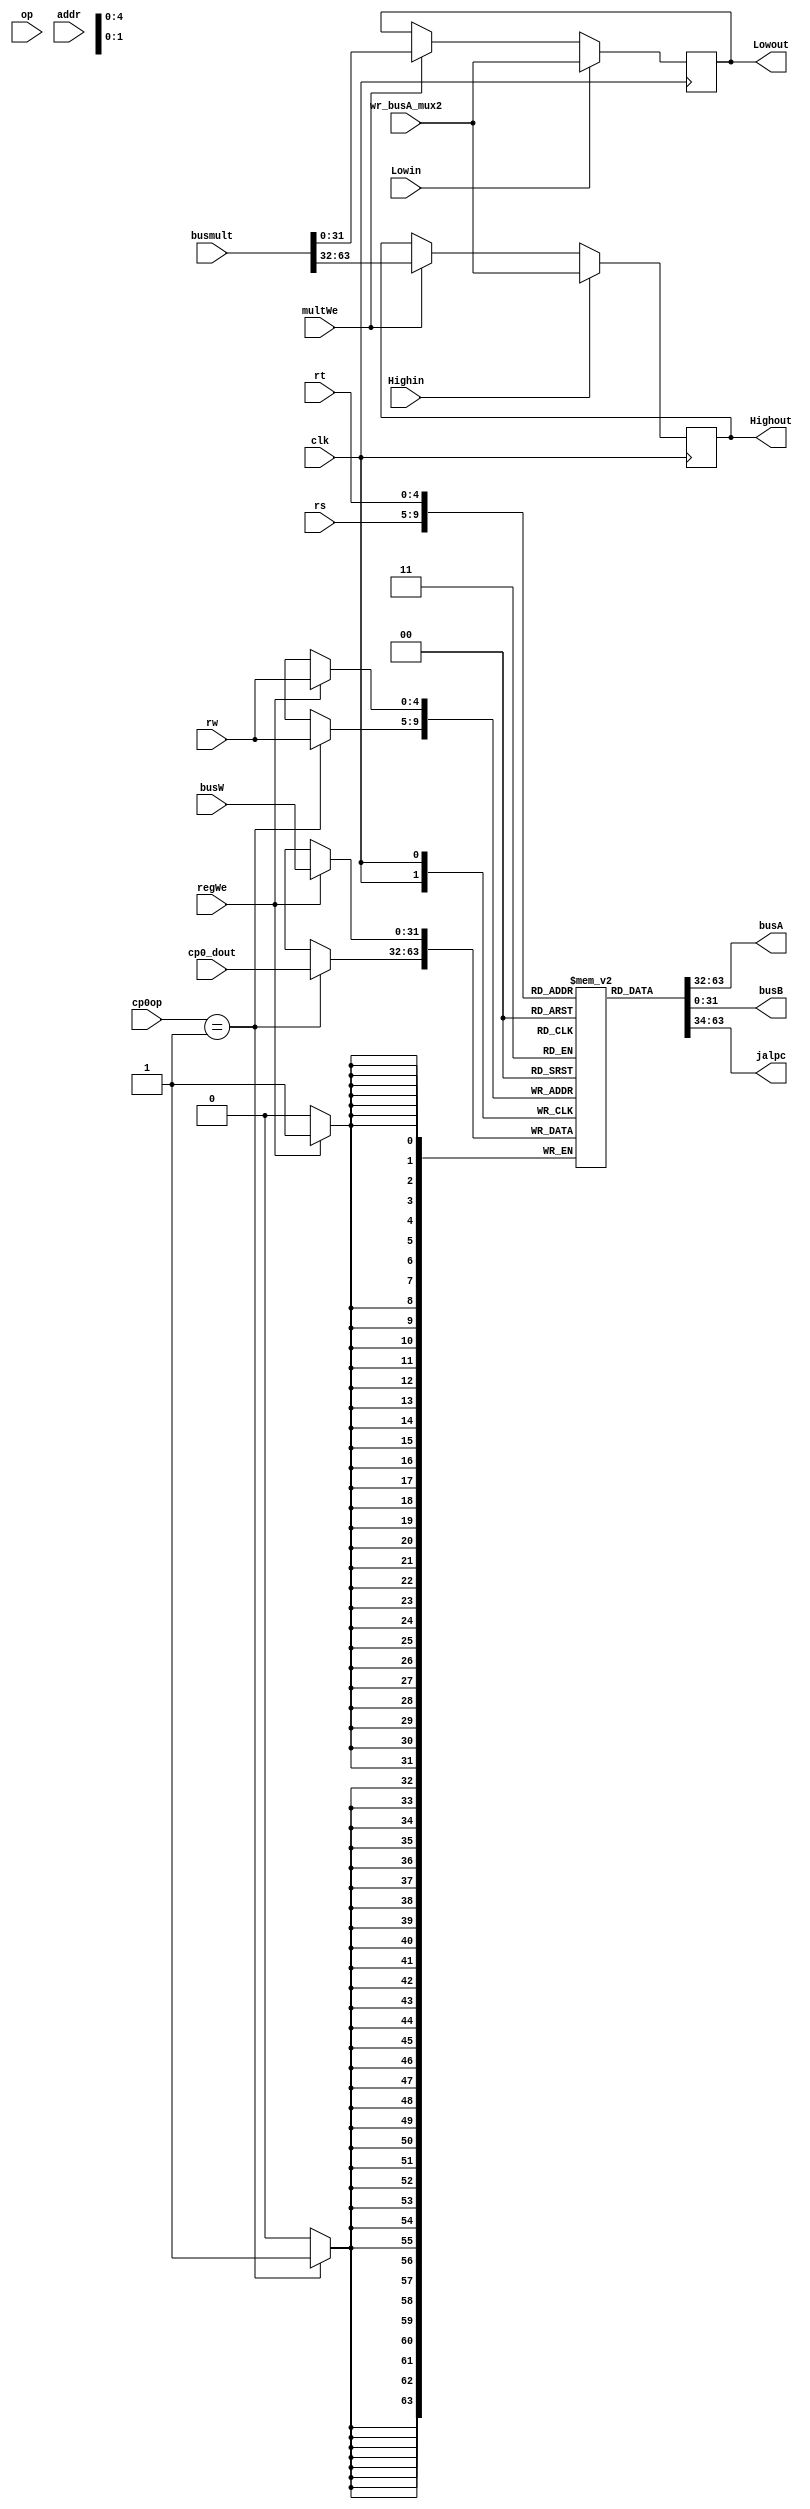
module regfile(
	clk,
	rs,
	rt,
	rw,
	op,
	cp0op,
	cp0_dout,
	addr,
	regWe,
	multWe,
	Lowin,
	Highin,
	wr_busA_mux2,
	busW,
	busmult,
	busA,
	busB,
	Highout,
	Lowout,
	jalpc
);

input wire clk,regWe,multWe,Highin,Lowin;
input wire[31:0] wr_busA_mux2;
input wire[2:0] cp0op;
input wire[4:0] rs,rt,rw;
input wire[5:0] op;
input wire[11:0] addr;
input wire[31:0] busW,cp0_dout;
input wire[63:0] busmult;
output reg[31:0] busA,busB,Highout,Lowout;
output reg[29:0] jalpc;

reg [31:0]registers[31:0];
reg [31:0]High;
reg [31:0]Low;
integer i;
initial begin
	for(i=0;i<32;i=i+1)
		registers[i]=0;
	High=0;
	Low=0;
end

always@(*) begin
	busA = registers[rs];
	busB = registers[rt];
	jalpc = registers[rs][31:2];
	Highout = High[31:0];
	Lowout = Low[31:0];
end

always@(negedge clk) begin
	if(regWe)
	begin
		registers[rw] = busW;
		$display("%h->reg[%d]",busW,rw);
	end
	if(multWe)
	begin
		High = busmult[63:32];
		Low = busmult[31:0];
		$display("%h->Hign",busmult[63:32]);
		$display("%h->Low",{{24'b0},busmult[31:0]});
	end
	if(Highin)
	begin
		High = wr_busA_mux2;
		$display("%h->Hign",wr_busA_mux2);
	end
	if(Lowin)
	begin
		Low = wr_busA_mux2;
		$display("%h->Low",wr_busA_mux2);
	end
	if(cp0op == 3'b001)
	begin
		registers[rw] = cp0_dout;
		$display("%h->reg[%d]",cp0_dout,rw);
	end
end

endmodule